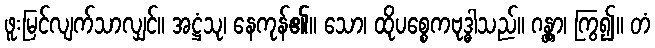
ဖူးမြင်လျက်သာလျှင်။ အဋ္ဌံသု၊ နေကုန်၏။ သော၊ ထိုပစ္စေကဗုဒ္ဓါသည်။ ဂန္တွာ၊ ကြွ၍။ တံ